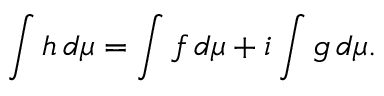
\int h \, d \mu = \int f \, d \mu + i \int g \, d \mu .